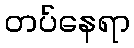
တပ်နေရာ